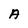
Character: A